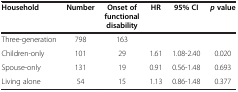
| Household | Number | Onset of functional disability | HR | 95% CI | pvalue |
 | --- | --- | --- | --- | --- | --- |
 | Three-generation | 798 | 163 |  |  |  |
 | Children-only | 101 | 29 | 1.61 | 1.08-2.40 | 0.020 |
 | Spouse-only | 131 | 19 | 0.91 | 0.56-1.48 | 0.693 |
 | Living alone | 54 | 15 | 1.13 | 0.86-1.48 | 0.377 |